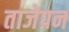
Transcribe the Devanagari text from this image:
ताजेपन